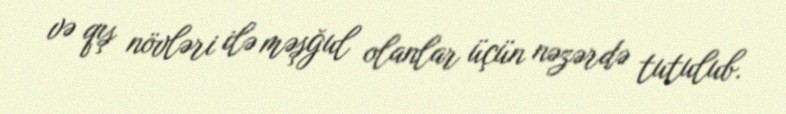
və qış növləri ilə məşğul olanlar üçün nəzərdə tutulub.